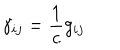
\gamma _ { i j } = \frac { 1 } { c } g _ { i j }